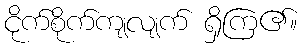
ငိုက်စိုက်ကျလျက် ရှိကြ၏။